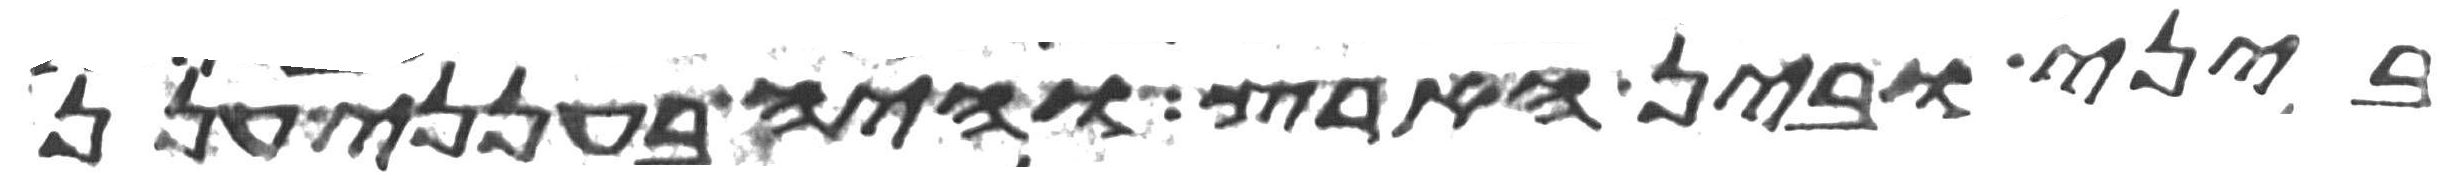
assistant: ביני ובין הארץ והיה בענני ענן